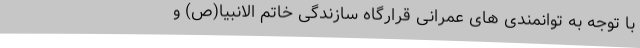
با توجه به توانمندی های عمرانی قرارگاه سازندگی خاتم الانبیا(ص) و